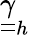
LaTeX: \underline{{\underline{{\gamma}}}}_{h}